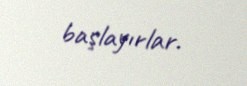
başlayırlar.